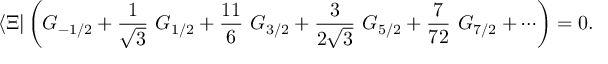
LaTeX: \langle \Xi | \left( G _ { - 1 / 2 } + \frac { 1 } { \sqrt { 3 } } \ G _ { 1 / 2 } + \frac { 1 1 } { 6 } \ G _ { 3 / 2 } + \frac { 3 } { 2 \sqrt { 3 } } \ G _ { 5 / 2 } + \frac { 7 } { 7 2 } \ G _ { 7 / 2 } + \cdots \right) = 0 .